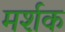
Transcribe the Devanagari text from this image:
मर्शक